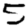
Digit: 5